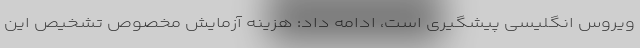
ویروس انگلیسی پیشگیری است، ادامه داد: هزینه آزمایش مخصوص تشخیص این